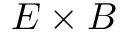
E \times B